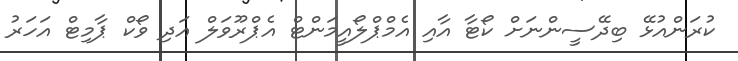
ކުރަންއުޅޭ ބިދޭސީންނަށް ކޯޓާ އާއި އެމްޕްލޯއީމަންޓް އެޕްރޫވަލް އަދި ވޯކް ޕާމިޓް އަހަރު